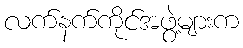
လက်နက်ကိုင်အဖွဲ့များက